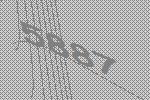
5887